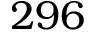
2 9 6